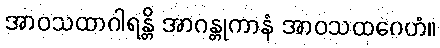
အာဝသထာဂါရန္တိ အာဂန္တုကာနံ အာဝသထဂေဟံ။